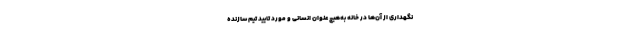
نگهداری از آن‌ها در خانه به‌هیچ عنوان انسانی و مورد تایید تیم سازنده